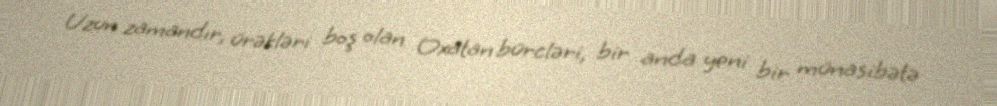
Uzun zamandır, ürəkləri boş olan Oxatan bürcləri, bir anda yeni bir münasibətə